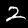
Digit: 2